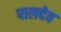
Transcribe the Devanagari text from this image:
पालदेव